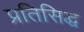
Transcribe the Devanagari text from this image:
प्रतिसिद्ध